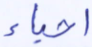
أحياء